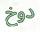
دوخ